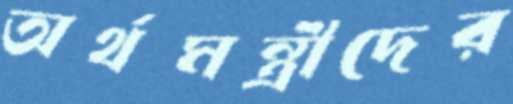
অর্থমন্ত্রীদের